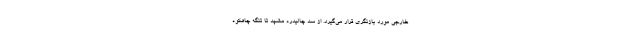
خارجی مورد بازنگری قرار می‌گیرد. از سد چالیدره مشهد تا تنگه‌ چاهکوه